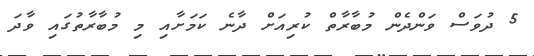
5 ދުވަސް ވަންދެން މުބާރާތް ކުރިއަށް ދާނެ ކަމަށާއި މި މުބާރާތުގައި ވާދަ